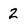
Character: 2